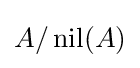
A/\operatorname {nil} (A)